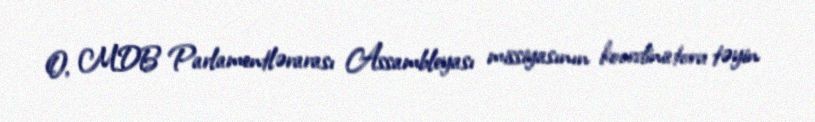
O, MDB Parlamentlərarası Assambleyası missiyasının koordinatoru təyin